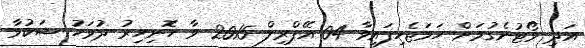
އަދި ވޯޓުނެގުމަށް ހަމަޖެހިފައިވާ 04 އޭޕްރިލް 2015 ވާ ހޮނިހިރު ދުވަހު ޝަކުވާ